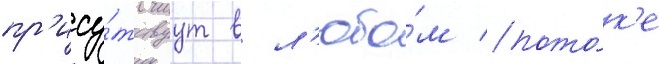
пр'ису́тствуут в л'юбо́м пото́к'е